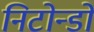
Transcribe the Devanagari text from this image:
निटोन्डो